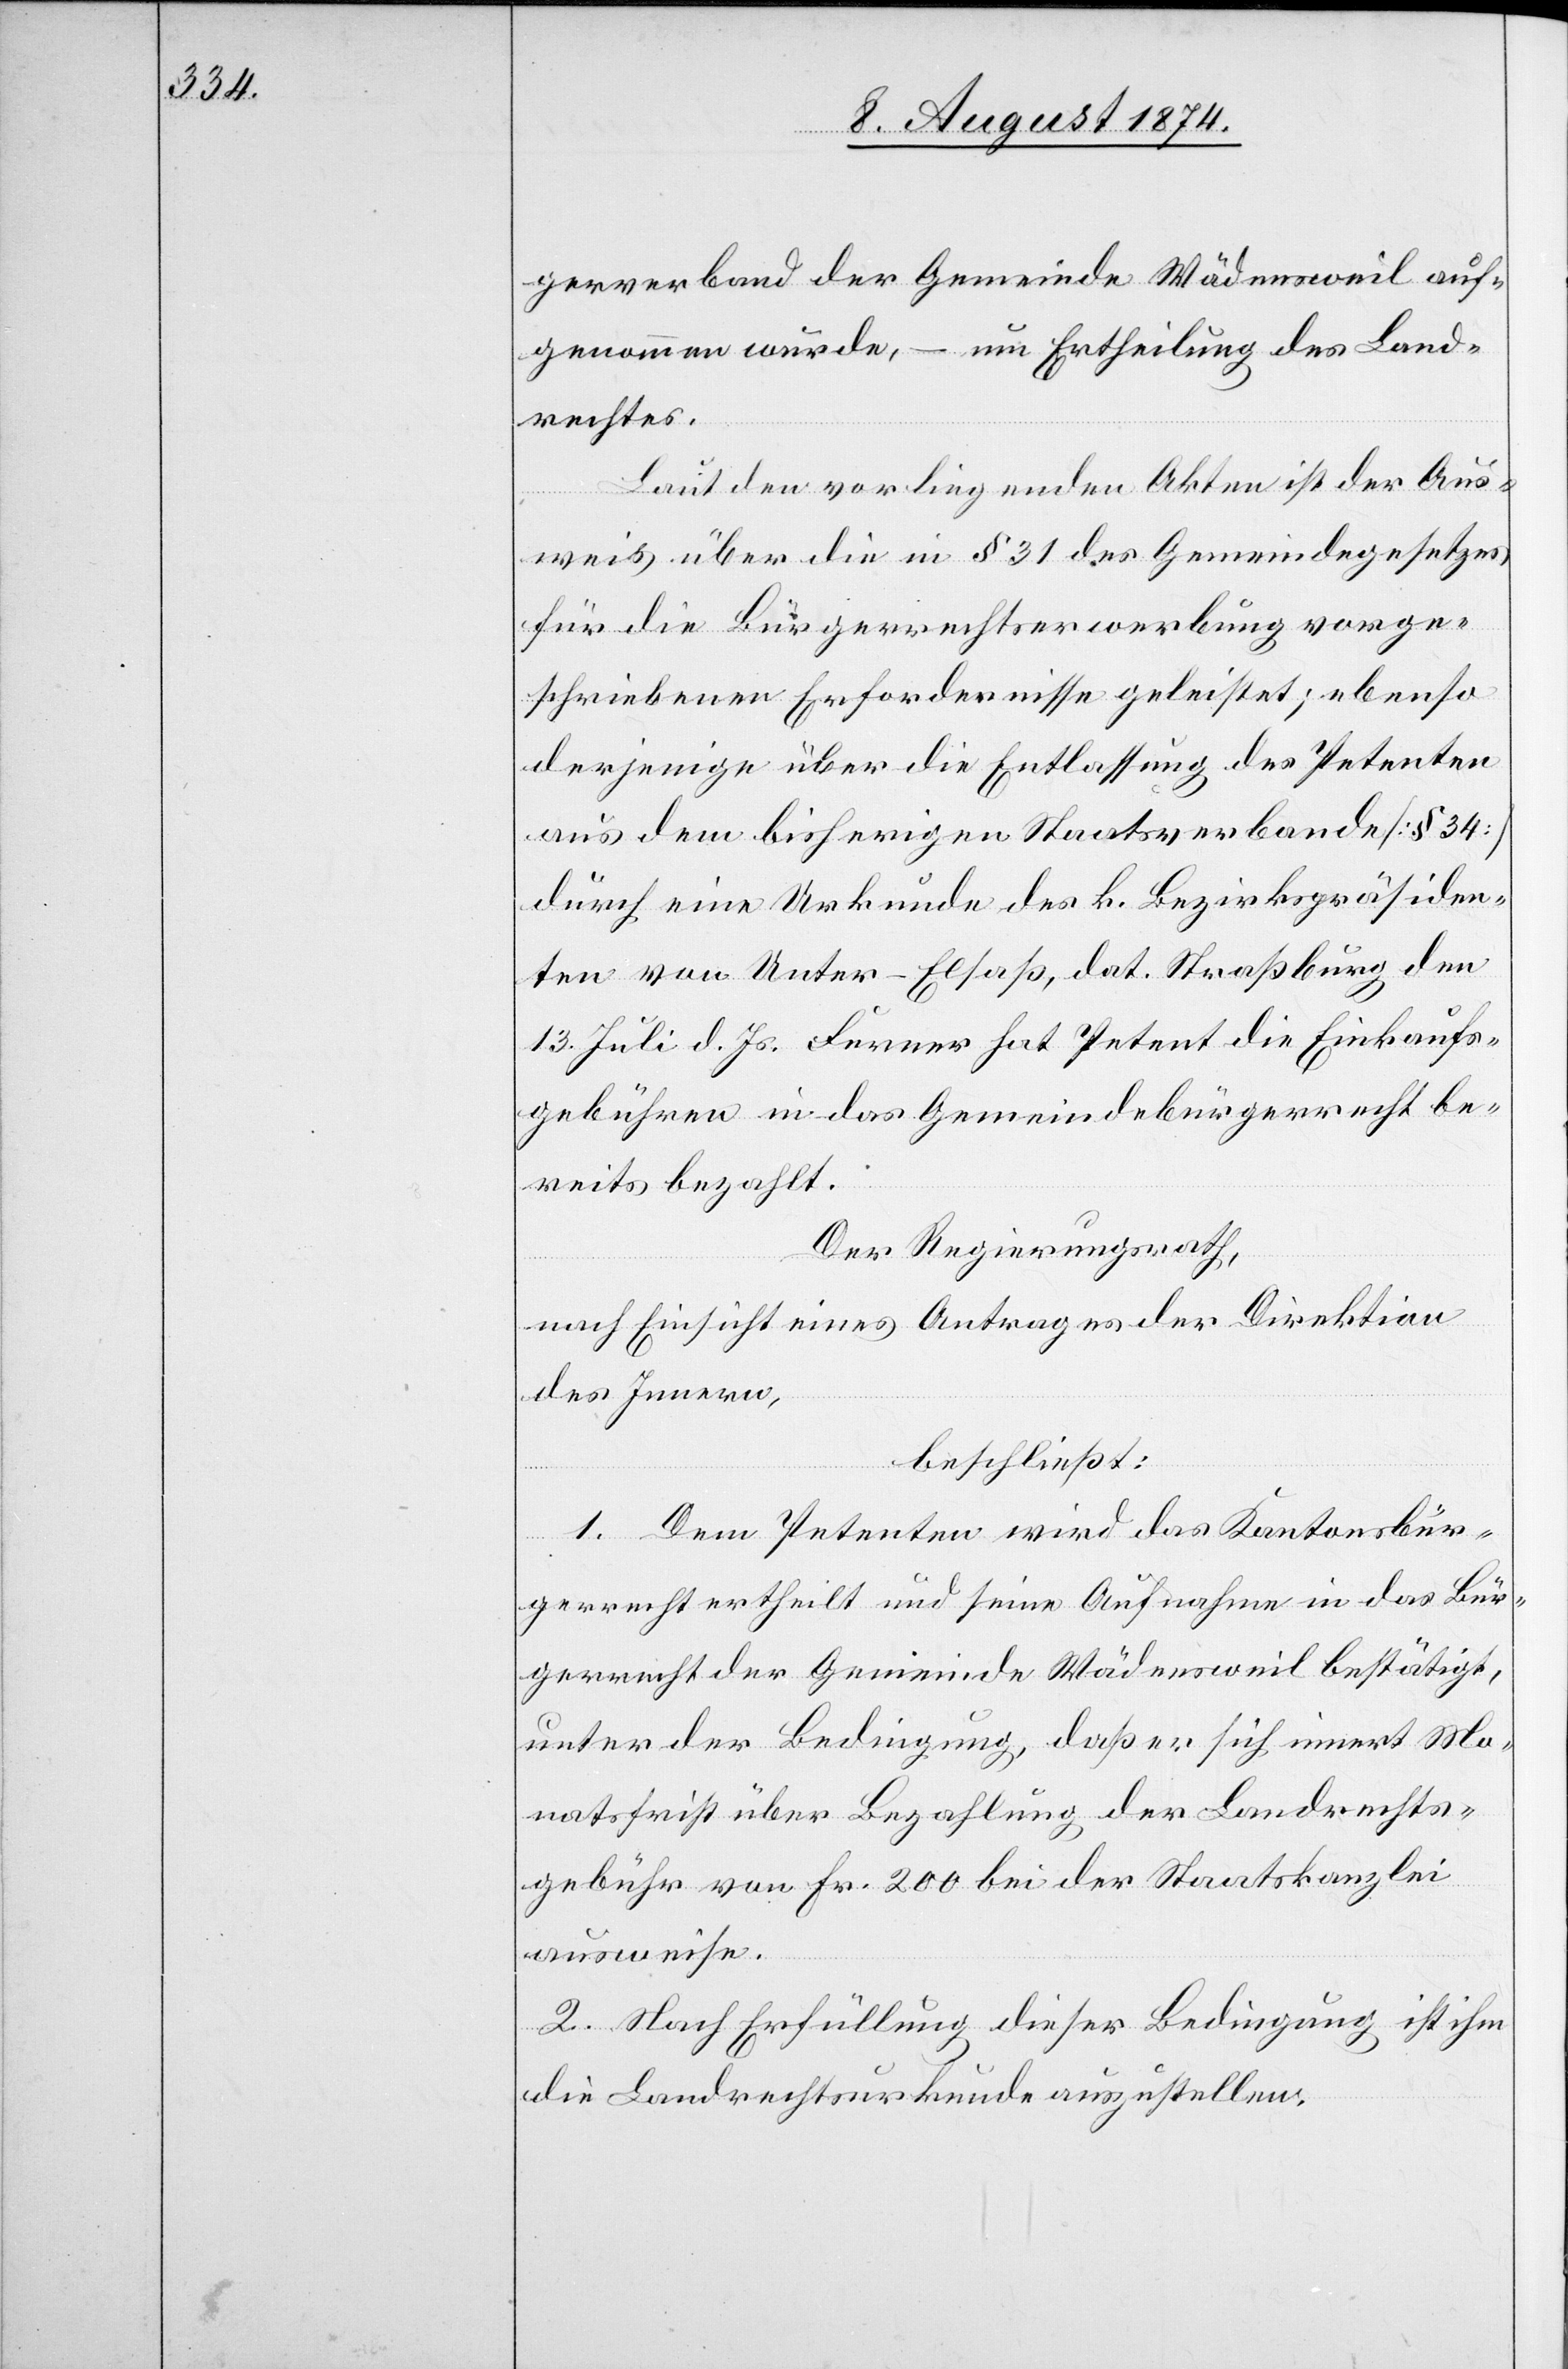
gerverband der Gemeinde Wädensweil auf¬
genommen wurde, – um Ertheilung des Land¬
rechtes.
Laut den vorliegenden Akten ist der Aus¬
weis über die in § 31 des Gemeindegesetzes
für die Bürgerrechtserwerbung vorge¬
schriebenen Erfordernisse geleistet; ebenso
derjenige über die Entlassung des Petenten
aus dem bisherigen Staatsverbande [§ 34]
durch eine Urkunde des k. Bezirkspräsiden¬
ten von Unter-Elsaß, dat. Straßburg den
13. Juli d. Js. Ferner hat Petent die Einkaufs¬
gebühren in das Gemeindebürgerrecht be¬
reits bezahlt.
Der Regierungsrath,
nach Einsicht eines Antrages der Direktion
des Innern,
beschließt:
1. Dem Petenten wird das Kantonsbür¬
gerrecht ertheilt und seine Aufnahme in das Bür¬
gerrecht der Gemeinde Wädensweil bestätigt,
unter der Bedingung, daß er sich innert Mo¬
natsfrist über Bezahlung der Landrechts¬
gebühr von Fr. 200 bei der Staatskanzlei
ausweise.
2. Nach Erfüllung dieser Bedingung ist ihm
die Landrechtsurkunde auszustellen.